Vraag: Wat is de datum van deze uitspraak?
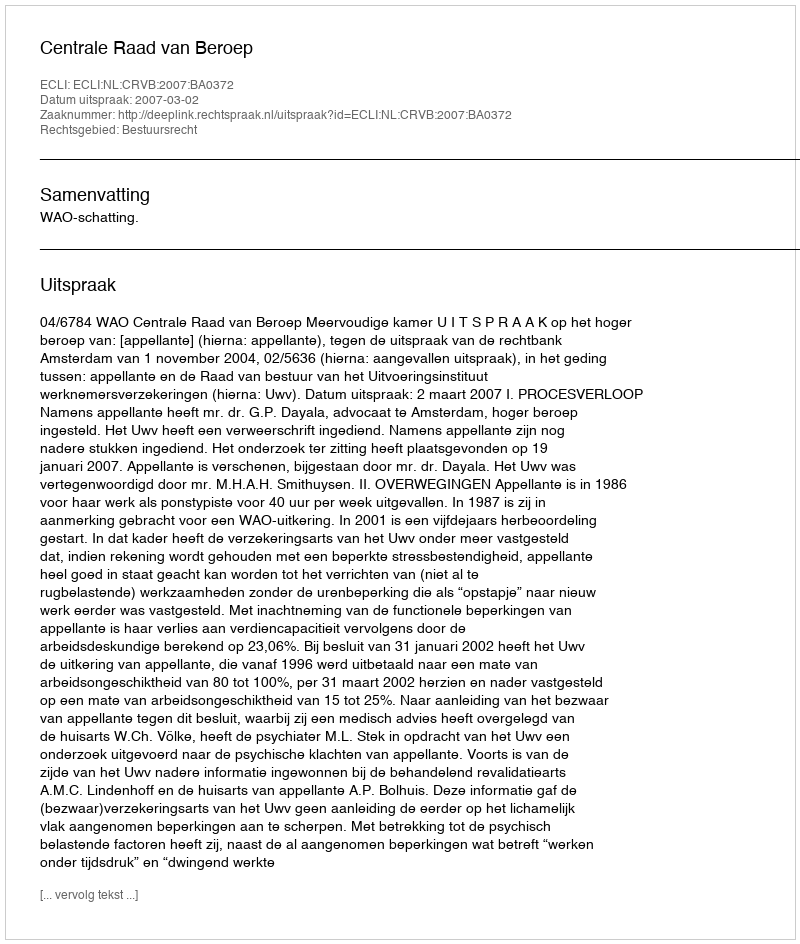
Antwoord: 2007-03-02